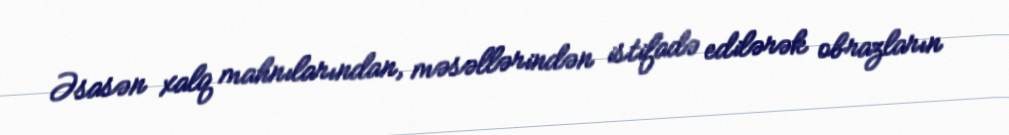
Əsasən xalq mahnılarından, məsəllərindən istifadə edilərək obrazların